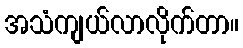
အသံကျယ်လာလိုက်တာ။